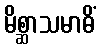
မိစ္ဆာသမာဓိံ